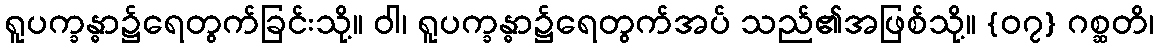
ရူပက္ခန္ဓာ၌ရေတွက်ခြင်းသို့။ ဝါ၊ ရူပက္ခန္ဓာ၌ရေတွက်အပ် သည်၏အဖြစ်သို့။ {၀၇} ဂစ္ဆတိ၊